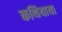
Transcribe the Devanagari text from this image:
कथियाया